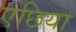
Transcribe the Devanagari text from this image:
एछिया